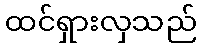
ထင်ရှားလှသည်